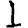
Digit: 1